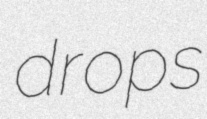
drops